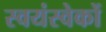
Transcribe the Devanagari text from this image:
स्वयंस्वेकों